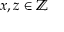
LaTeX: x , z \in \mathbb { Z }